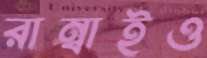
রাম্বাইও